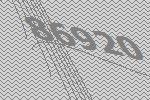
86920